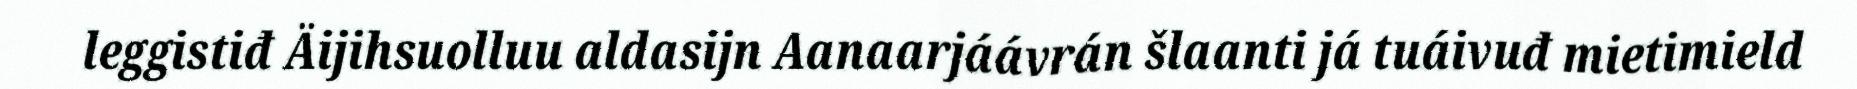
leggistiđ Äijihsuolluu aldasijn Aanaarjáávrán šlaanti já tuáivuđ mietimield